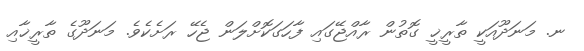
ނ. މަނަދޫއަކީ ތާރީޚީ ގޮތުން ރާއްޖޭގައި ފާހަގަކޮށްލަން ޖެހޭ ރަށެކެވެ. މަނަދޫގެ ތާރީޚާއި